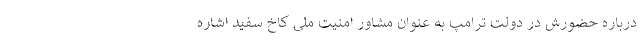
درباره حضورش در دولت ترامپ به عنوان مشاور امنیت ملی کاخ سفید اشاره